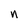
Character: n